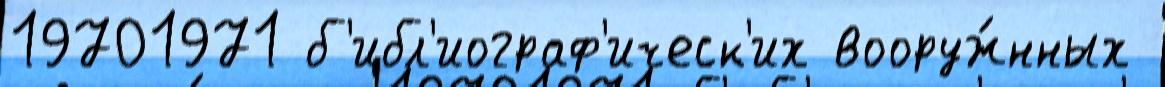
19701971 б'ибл'иограф'ическ'их вооруж́нных